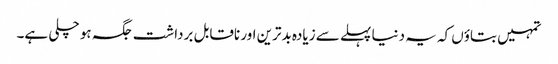
تمہیں بتاؤں کہ یہ دنیا پہلے سے زیادہ بدترین اور ناقابل برداشت جگہ ہو چلی ہے۔